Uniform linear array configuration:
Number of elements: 16
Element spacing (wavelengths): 1
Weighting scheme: binomial
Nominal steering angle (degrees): -15
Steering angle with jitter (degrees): -14.547
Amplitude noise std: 0.05
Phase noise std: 0.05

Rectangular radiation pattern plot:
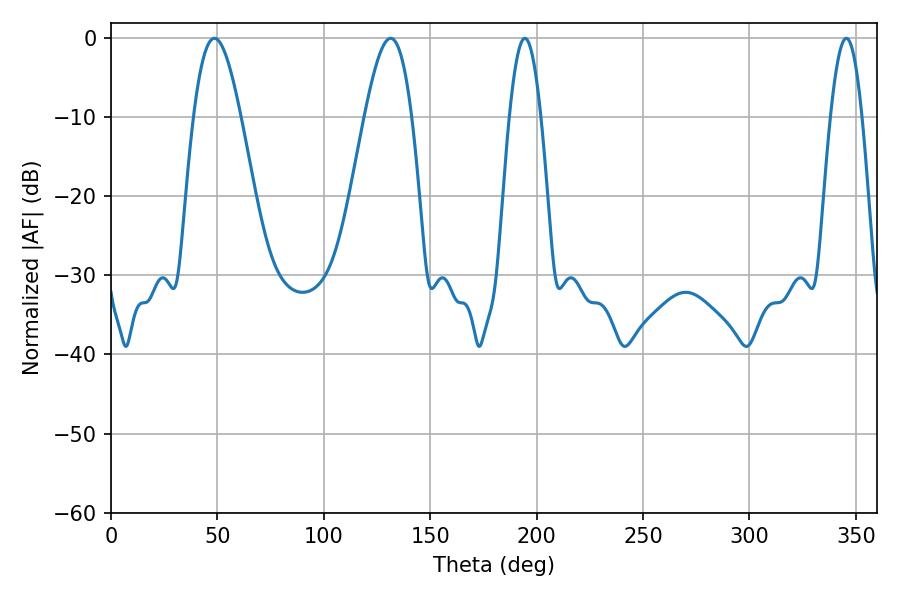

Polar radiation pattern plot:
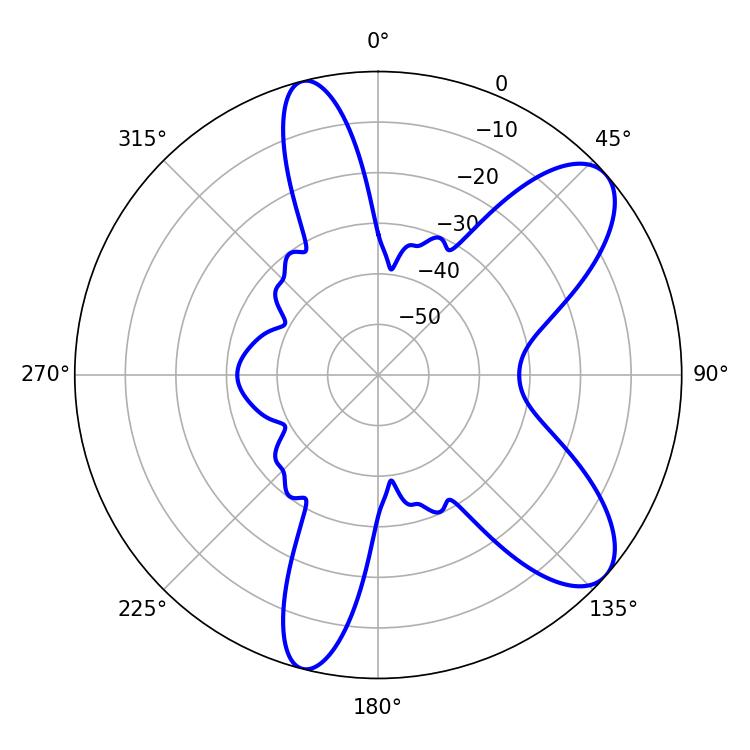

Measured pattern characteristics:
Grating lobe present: TRUE
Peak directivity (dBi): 8.732
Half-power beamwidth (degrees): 11.88
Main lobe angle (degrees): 48.6